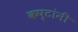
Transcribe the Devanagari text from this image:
कष्टांनी